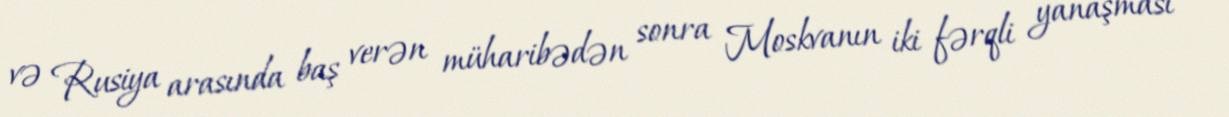
və Rusiya arasında baş verən müharibədən sonra Moskvanın iki fərqli yanaşması